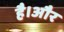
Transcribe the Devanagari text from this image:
है।अौर